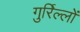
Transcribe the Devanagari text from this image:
गुर्रिल्लों